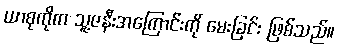
ယာစုကိုက သူ့ဇနီးအကြောင်းကို မေးခြင်း ဖြစ်သည်။